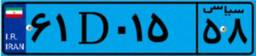
۹۹D۴۹۸۱۲